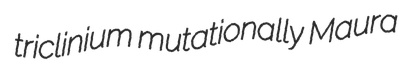
triclinium mutationally Maura